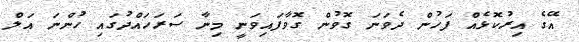
އޭގެ އިރުކޮޅެއް ފަހުން ދެވަނަ ގޮވުން ގޮވާފައިވަނީ މިނާ ސަރަހައްދުގައި ހުންނަ އަލް